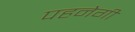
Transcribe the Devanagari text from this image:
पहनेगी